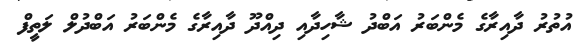
އުތުރު ދާއިރާގެ މެންބަރު އަބްދު ޝާހިދާއި ދިއްދޫ ދާއިރާގެ މެންބަރު އަބްދުލް ލަތީފް